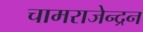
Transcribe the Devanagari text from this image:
चामराजेन्द्रन